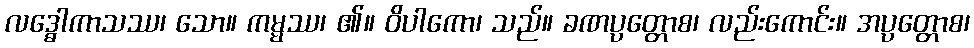
လဒ္ဓေါကာသဿ၊ သော။ ကမ္မဿ၊ ၏။ ဝိပါကော၊ သည်။ ခဏပ္ပတ္တောစ၊ လည်းကောင်း။ အပ္ပတ္တောစ၊